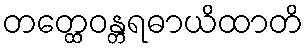
တတ္ထေဝန္တရဓာယိထာတိ